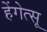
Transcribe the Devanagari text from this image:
हेंगेत्सू